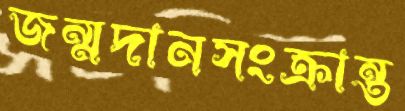
জন্মদানসংক্রান্ত